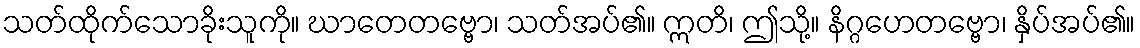
သတ်ထိုက်သောခိုးသူကို။ ဃာတေတဗ္ဗော၊ သတ်အပ်၏။ ဣတိ၊ ဤသို့။ နိဂ္ဂဟေတဗ္ဗော၊ နှိပ်အပ်၏။